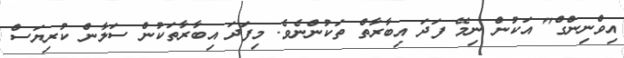
އިވްނިންގް" އަކުން ނިމޭ ފަދަ އިބާރާތް ތަކުންނެވެ. މިފަދަ އިބާރާތަކުން ސަލާން ކުރިޔަސް